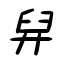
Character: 舁